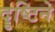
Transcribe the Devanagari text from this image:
दॄष्टिने